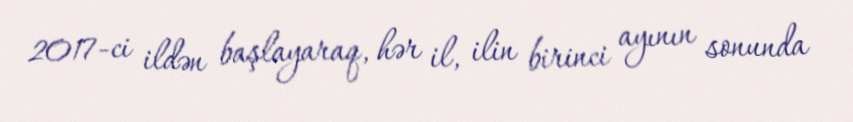
2017-ci ildən başlayaraq, hər il, ilin birinci ayının sonunda